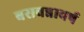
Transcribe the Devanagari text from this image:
बसवन्नावर्ष